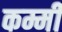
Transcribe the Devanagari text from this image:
कम्मी